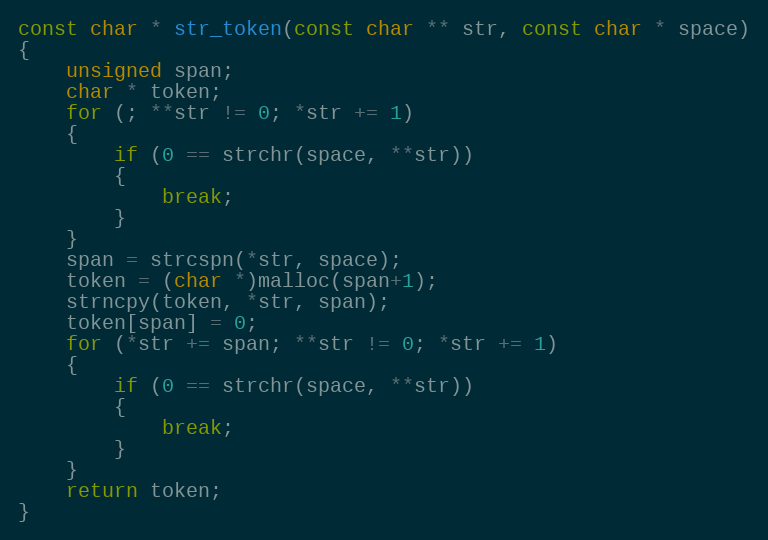
Language: C
const char * str_token(const char ** str, const char * space)
{
    unsigned span;
    char * token;
    for (; **str != 0; *str += 1)
    {
        if (0 == strchr(space, **str))
        {
            break;
        }
    }
    span = strcspn(*str, space);
    token = (char *)malloc(span+1);
    strncpy(token, *str, span);
    token[span] = 0;
    for (*str += span; **str != 0; *str += 1)
    {
        if (0 == strchr(space, **str))
        {
            break;
        }
    }
    return token;
}